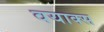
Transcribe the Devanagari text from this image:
वयाक्स